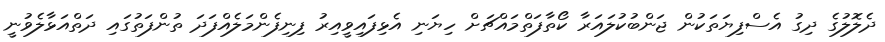
ދެލޮލުގެ ދިގު އެސްފިޔަތަކުން ޖަންބުކުލައަރާ ކޯތާފަތްމައްޗަށް ހިޔަނި އެޅިފައިވީއިރު ފިނިފެންމަލެއްފަދަ ތުންފަތުގައި ދަތްއަޅާލެވުނީ